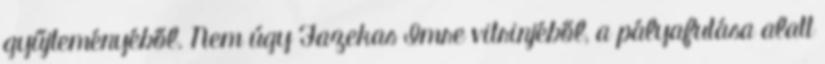
gyűjteményéből. Nem úgy Fazekas Imre vitrinjéből, a pályafutása alatt